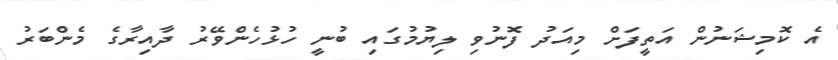
އެ ކޮމިޝަނުން އަތީފަށް މިއަދު ފޮނުވި ލިޔުމުގައި ބުނީ ހުޅުހެންވޭރު ދާއިރާގެ މެންބަރު